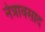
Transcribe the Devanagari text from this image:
नेत्रावसाद